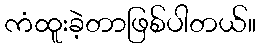
ကံထူးခဲ့တာဖြစ်ပါတယ်။